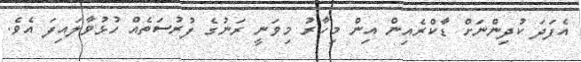
އެފަދަ ކުދިންނަށް ޑާކްރެއިން އިން މިހާރު މިވަނީ ރަނުގެ ފުރުސަތެއް ހުޅުވާލައިފަ އެވެ.